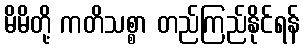
မိမိတို့ ကတိသစ္စာ တည်ကြည်နိုင်ရန်